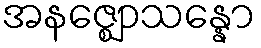
အနဇ္ဈောသန္နော